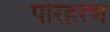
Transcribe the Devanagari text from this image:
परिहरण